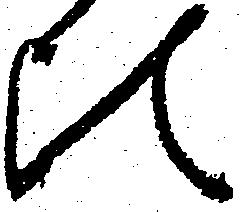
比